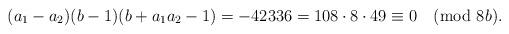
LaTeX: \begin{align*}(a_1-a_2)(b-1)(b+a_1a_2-1)=-42336=108 \cdot 8 \cdot 49 \equiv 0 \pmod{8b}.\end{align*}